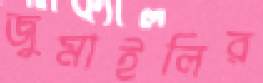
জুমাইলির